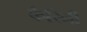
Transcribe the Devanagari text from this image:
कैरिनी